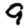
Digit: 9